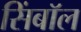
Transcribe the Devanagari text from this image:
सिंबॉल